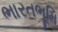
ભારતભૂમિ